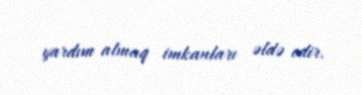
yardım almaq imkanları əldə edir.